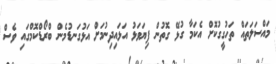
މައްސަލަތައް ތަހުގީގުކޮށް އެކަމާ ގުޅޭ ގޮތުން ފިޔަވަޅު އަޅައިދިނުމަށް އަޅުގަނޑުމެން ބްރޯޑްކޮމްގައި ވެސް